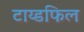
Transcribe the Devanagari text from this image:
टाय्डफिल